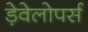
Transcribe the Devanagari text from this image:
ड़ेवेलोपर्स